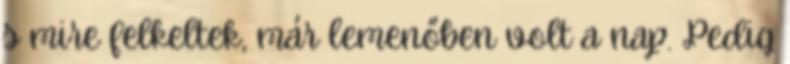
s mire felkeltek, már lemenőben volt a nap. Pedig